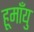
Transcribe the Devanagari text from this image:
हूमाँयु